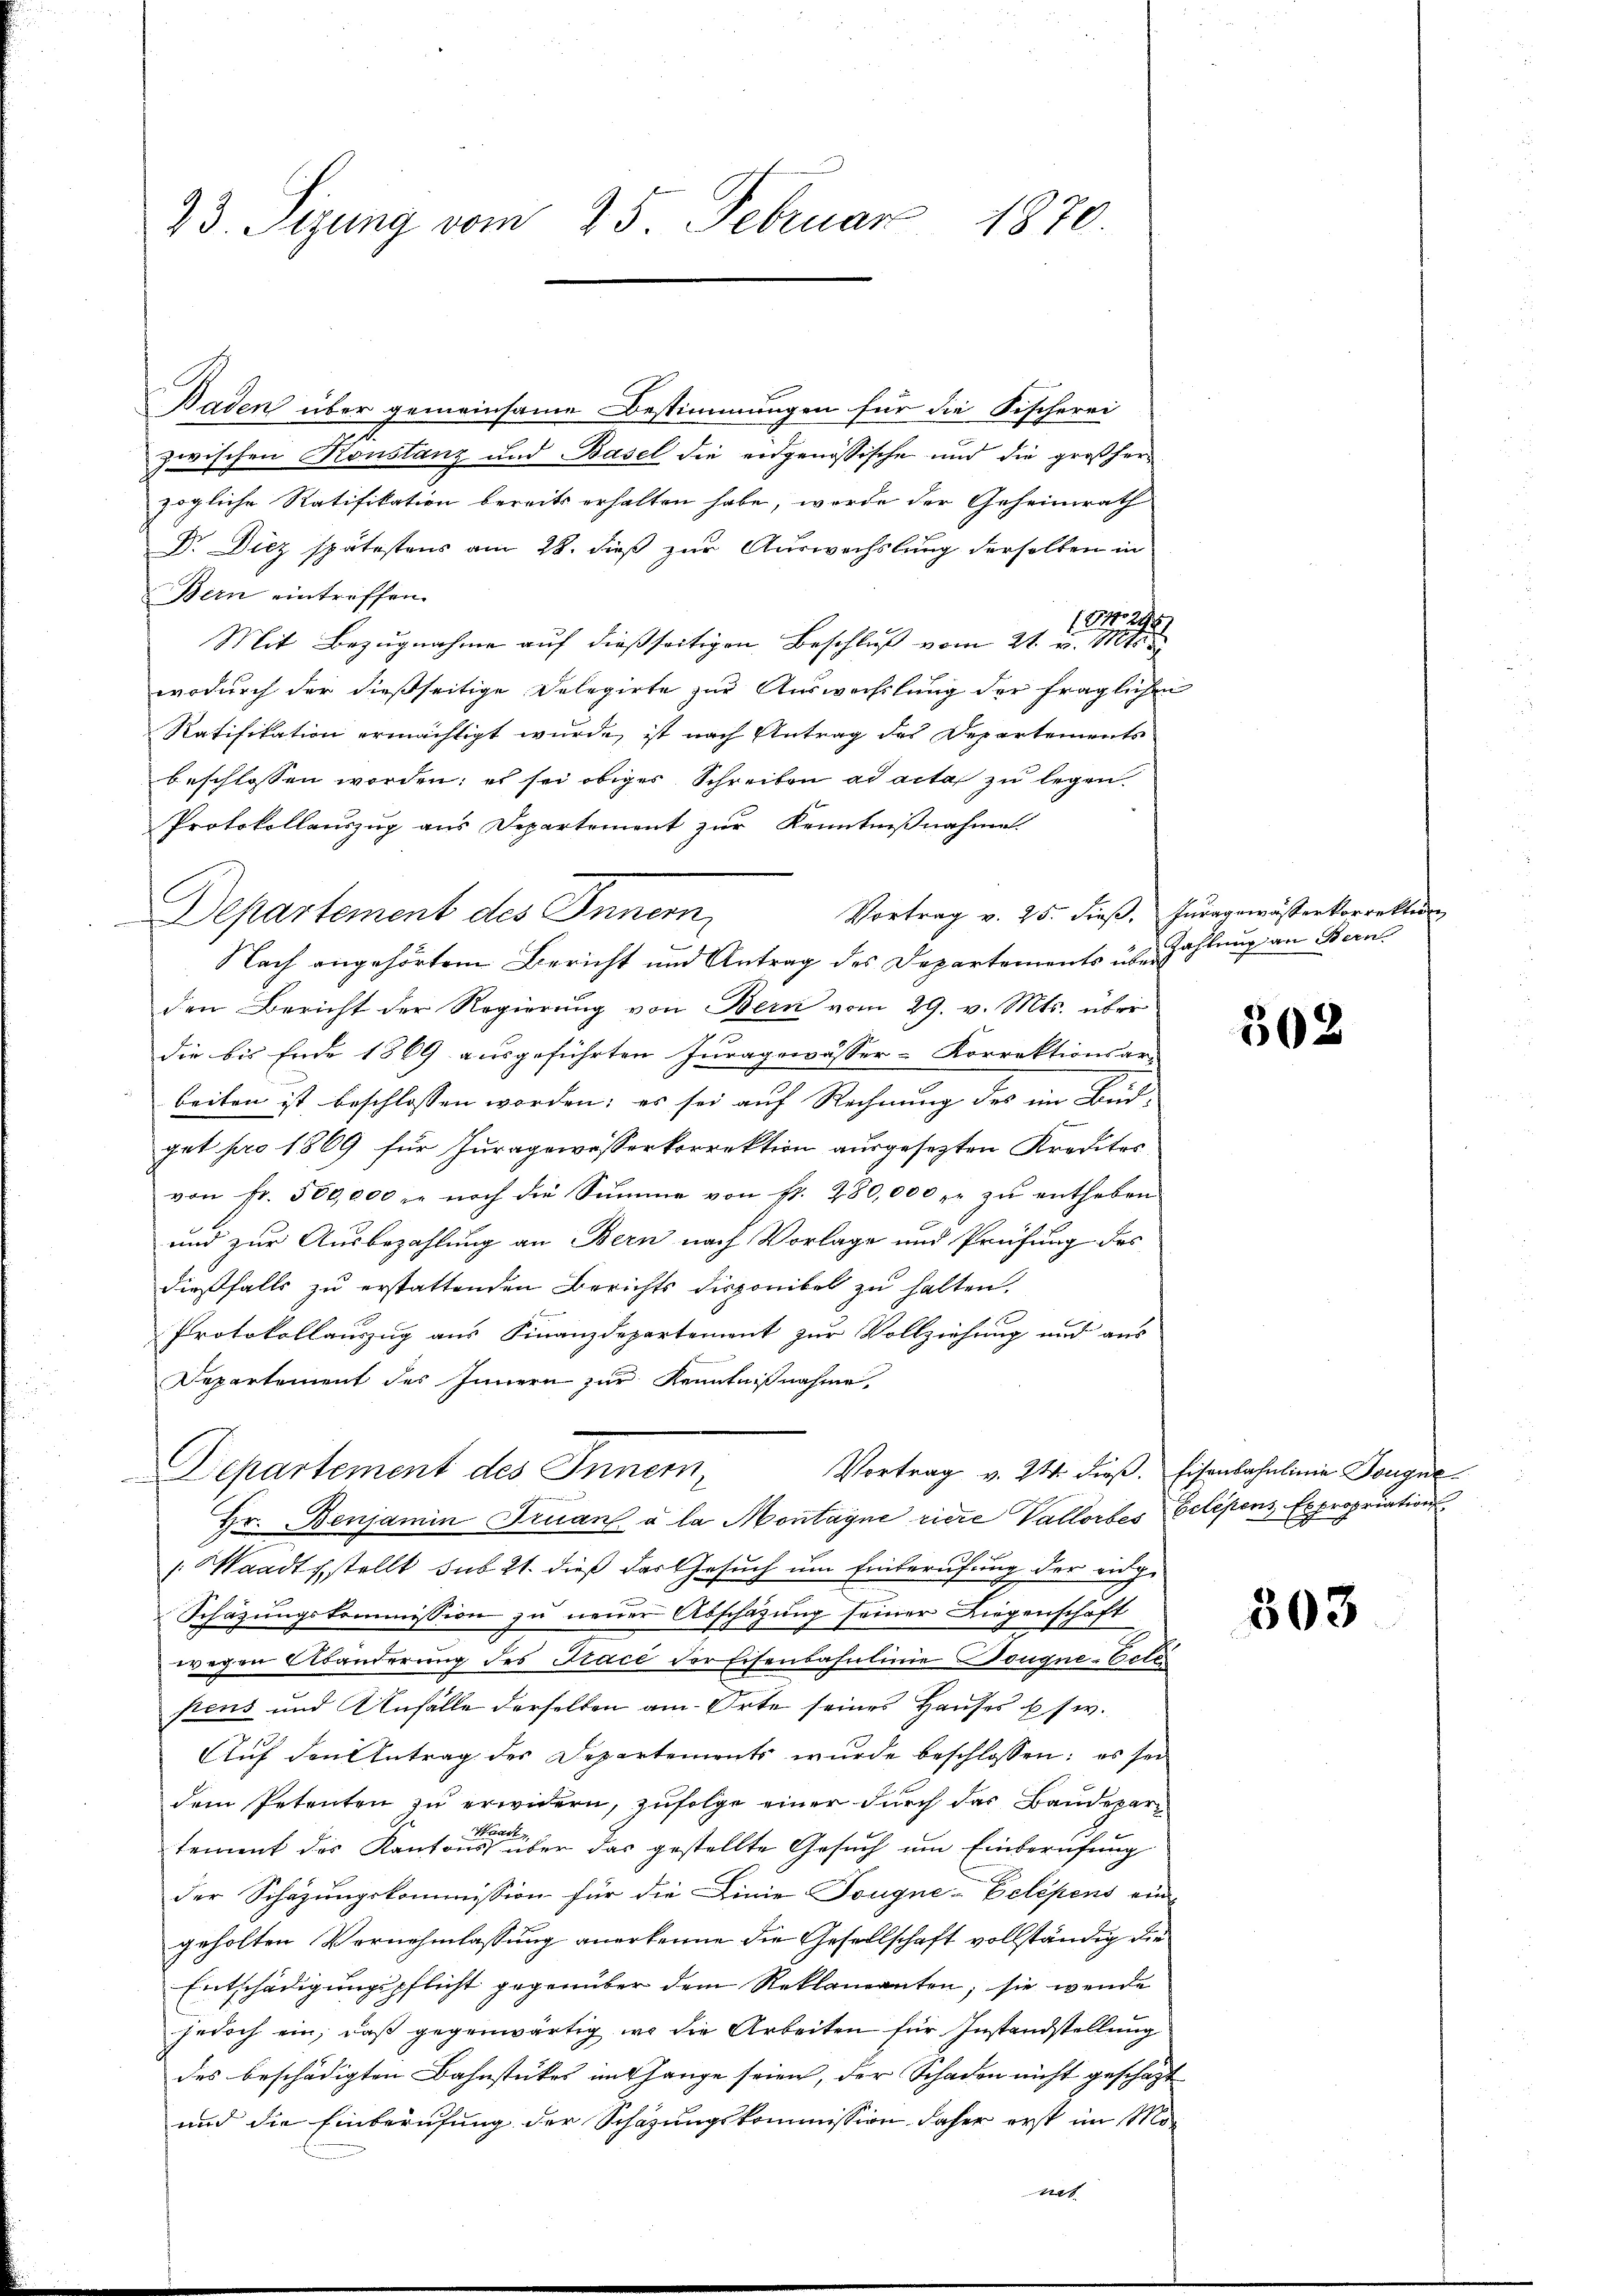
23. Sizung vom 25. Februar 1870.

Baden über gemeinsame Bestimmungen für die Fischerei
zwischen Konstanz und Basel die eidgenössische und die großherzögliche Ratifikation bereits erhalten habe, werde der Geheimrath
Dr. Diez spätestens am 28. dieß zur Auswechslung derselben in
Bern eintreffen.
at
Mit Bezugnahme auf dießseitigen Beschluß vom 21. v. Mt
wodurch der dießseitige Delegirte zur Auswechslung der fraglichen
Ratifikation ermächtigt wurde, ist nach Antrag des Departements
beschlossen worden; es sei obiges Schreiben ad acta zu legen.
Protokollauszug aus Departement zur Kenntnißnahme
Vortrag v. 25. dieβ. Juragewässerkorrektion
Departement des Innern,
Nach angehörtem Bericht und Antrag des Departements über Zahlung an Bern
den Bericht der Regierung von Bern vom 29. v. Mts. über
die bis Ende 1869 ausgeführten Juragewässer-Korrektionsar-
beiten ist beschlossen worden; es sei auf Rechnung des im Büdget pro 1869 für Juragewesserkorrektion ausgesezten Kredites
von fr. 500,000 zu noch die Summe von fr. 280,000 zŭ entheben
und zur Ausbezahlung an Bern nach Vorlage und Prüfung des
dießfalls zu erstattenden Berichts disponibel zu halten.
Protokollauszug aus Finanzdepartement zur Vollziehung und aus
Departement des Innern zur Kenntnißnahme,
Vortrag v. 24. dieß. Eisenbahnlinie Tongne¬
Departement des Innem,
Hr. Benjamin Fruan à la Montagne riere Vallorbes Gelegens Expropriations
Waadt stellt sub 21. dieß das Gesuch um Einberufung der eidge
Schazungskommission zu neuer Abschazung seiner Liegenschaft
wegen Abänderung des Tracé der Eisenbahnlinie Dougne-Ecle
stens und Anfälle derselben am Orte seines Hauses usw.
Auf den Antrag des Departements wurde beschlossen: es sei
dem Petenten zu erwidern, zufolge einer durch das Baudepar
wart
tement des Kantons über das gestellte Gesuch um Einberufung
der Schazungskommission für die Linie Tougne-Eelépens ein
geholten Vornehmlassung anerkenne die Gesellschaft vollständig die
Entschädigungspflicht gegenüber dem Reklamanten; sie wende
jedoch ein, daß gegenwärtig wo die Arbeiten für Instandstellung
des beschädigten Bahnstückes imt hange seien, der Schaden nicht geschäft
und die Einberufung der Schazungskommission daher erst im Mo¬

C

7

502

303